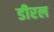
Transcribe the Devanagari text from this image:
डीरल